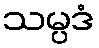
သမ္ပဒံ